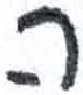
אות: ה